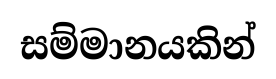
සම්මානයකින්